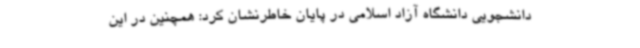
دانشجویی دانشگاه آزاد اسلامی در پایان خاطرنشان کرد: همچنین در این